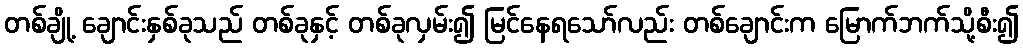
တစ်ချို့ ချောင်းနှစ်ခုသည် တစ်ခုနှင့် တစ်ခုလှမ်း၍ မြင်နေရသော်လည်း တစ်ချောင်းက မြောက်ဘက်သို့စီး၍